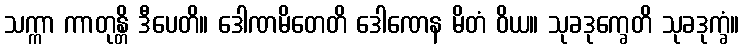
သက္ကာ ကာတုန္တိ ဒီပေတိ။ ဒေါဏမိတေတိ ဒေါဏေန မိတံ ဝိယ။ သုခဒုက္ခေတိ သုခဒုက္ခံ။